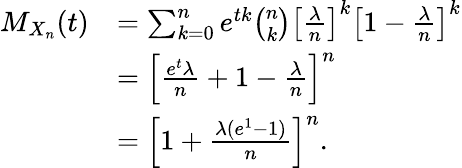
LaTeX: \begin{array}{rl}{M_{X_{n}}(t)}&{=\sum_{k=0}^{n}e^{tk}\binom{n}{k}\left[\frac{\lambda}{n}\right]^{k}\left[1-\frac{\lambda}{n}\right]^{k}}\\ &{=\left[\frac{e^{t}\lambda}{n}+1-\frac{\lambda}{n}\right]^{n}}\\ &{=\left[1+\frac{\lambda(e^{1}-1)}{n}\right]^{n}.}\end{array}